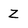
Character: Z